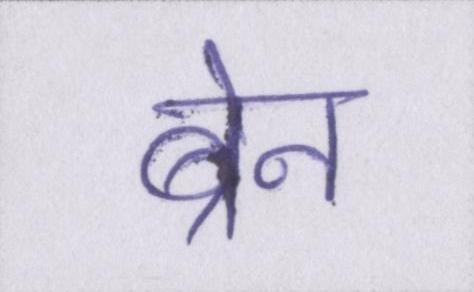
ब्रेन